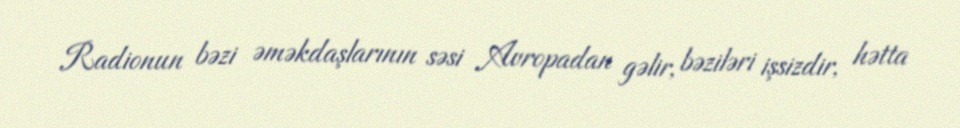
Radionun bəzi əməkdaşlarının səsi Avropadan gəlir, bəziləri işsizdir, hətta